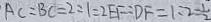
A C = B C = 2 : 1 = 2 E F : D F = 1 : 2 = \frac { 1 } { 2 }